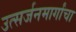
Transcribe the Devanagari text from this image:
उत्सर्जनमार्गांचा